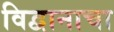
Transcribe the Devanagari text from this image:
विद्वानाचा